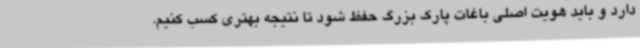
دارد و باید هویت اصلی باغات پارک بزرگ حفظ شود تا نتیجه بهتری کسب کنیم.